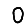
Digit: 0